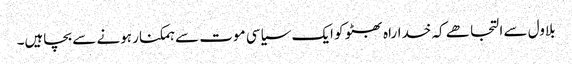
بلاول سے التجا ھے کہ خداراہ بھٹو کو ایک سیاسی موت سے ہمکنار ہونے سے بچاہیں۔